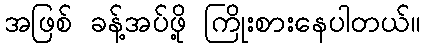
အဖြစ် ခန့်အပ်ဖို့ ကြိုးစားနေပါတယ်။